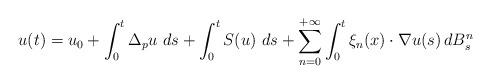
LaTeX: \begin{align*} u (t) = u_0 + \int_0^t \Delta_p u \, \, d s + \int_0^t S(u) \, \, d s + \sum_{n=0}^{+\infty} \int_0^t \xi_{n} (x) \cdot \nabla u (s) \, d B_s^{n} \end{align*}